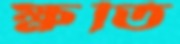
ক্ষতি